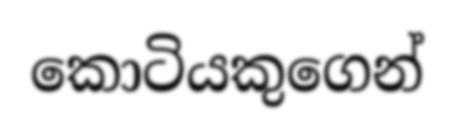
කොටියකුගෙන්